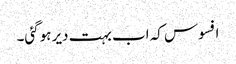
افسوس کہ اب بہت دیر ہوگئی۔